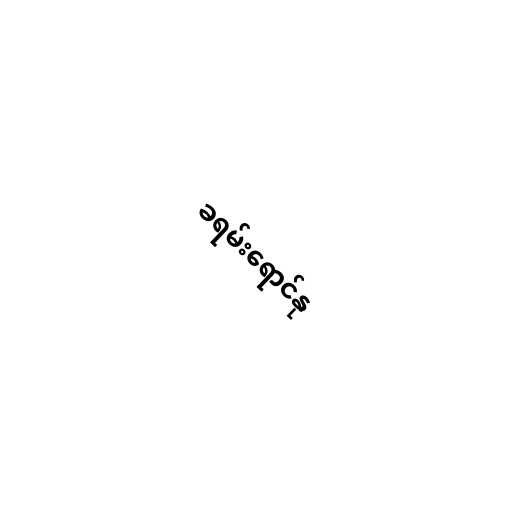
ခရမ်းရောင်နု